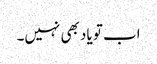
اب تو یاد بھی نہیں۔